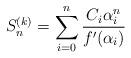
LaTeX: \begin{align*}S_{n}^{(k)}=\sum_{i=0}^{n} \frac{C_i\alpha_i^n}{f'(\alpha_i)}\end{align*}